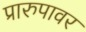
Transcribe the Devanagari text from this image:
प्रारुपावर